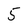
Character: 5